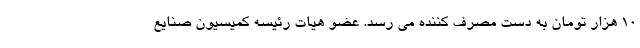
10 هزار تومان به دست مصرف کننده می رسد. عضو هیات رئیسه کمیسیون صنایع